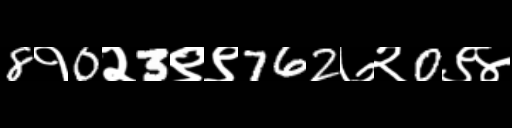
Text: 8१0२3९९762७२0९४